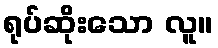
ရုပ်ဆိုးသော လူ။